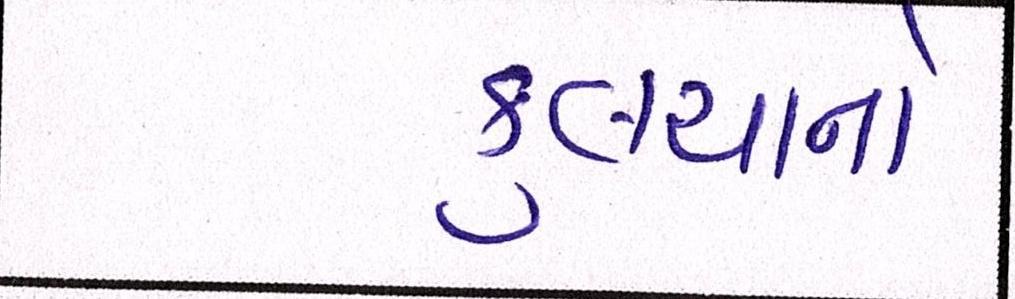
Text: કુલચાનો